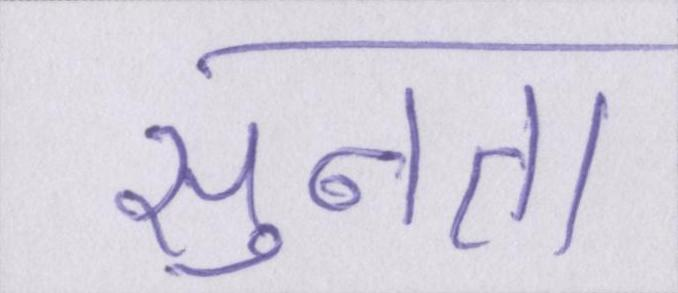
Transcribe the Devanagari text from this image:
सुनता